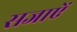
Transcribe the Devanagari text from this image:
सजाएें